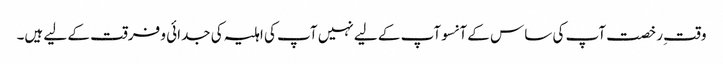
وقتِ رخصت آپ کی ساس کے آنسوآپ کے لیے نہیں آپ کی اہلیہ کی جدائی و فرقت کے لیے ہیں۔